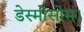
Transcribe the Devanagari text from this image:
डेस्मोसोम।